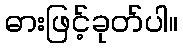
ဓားဖြင့်ခုတ်ပါ။